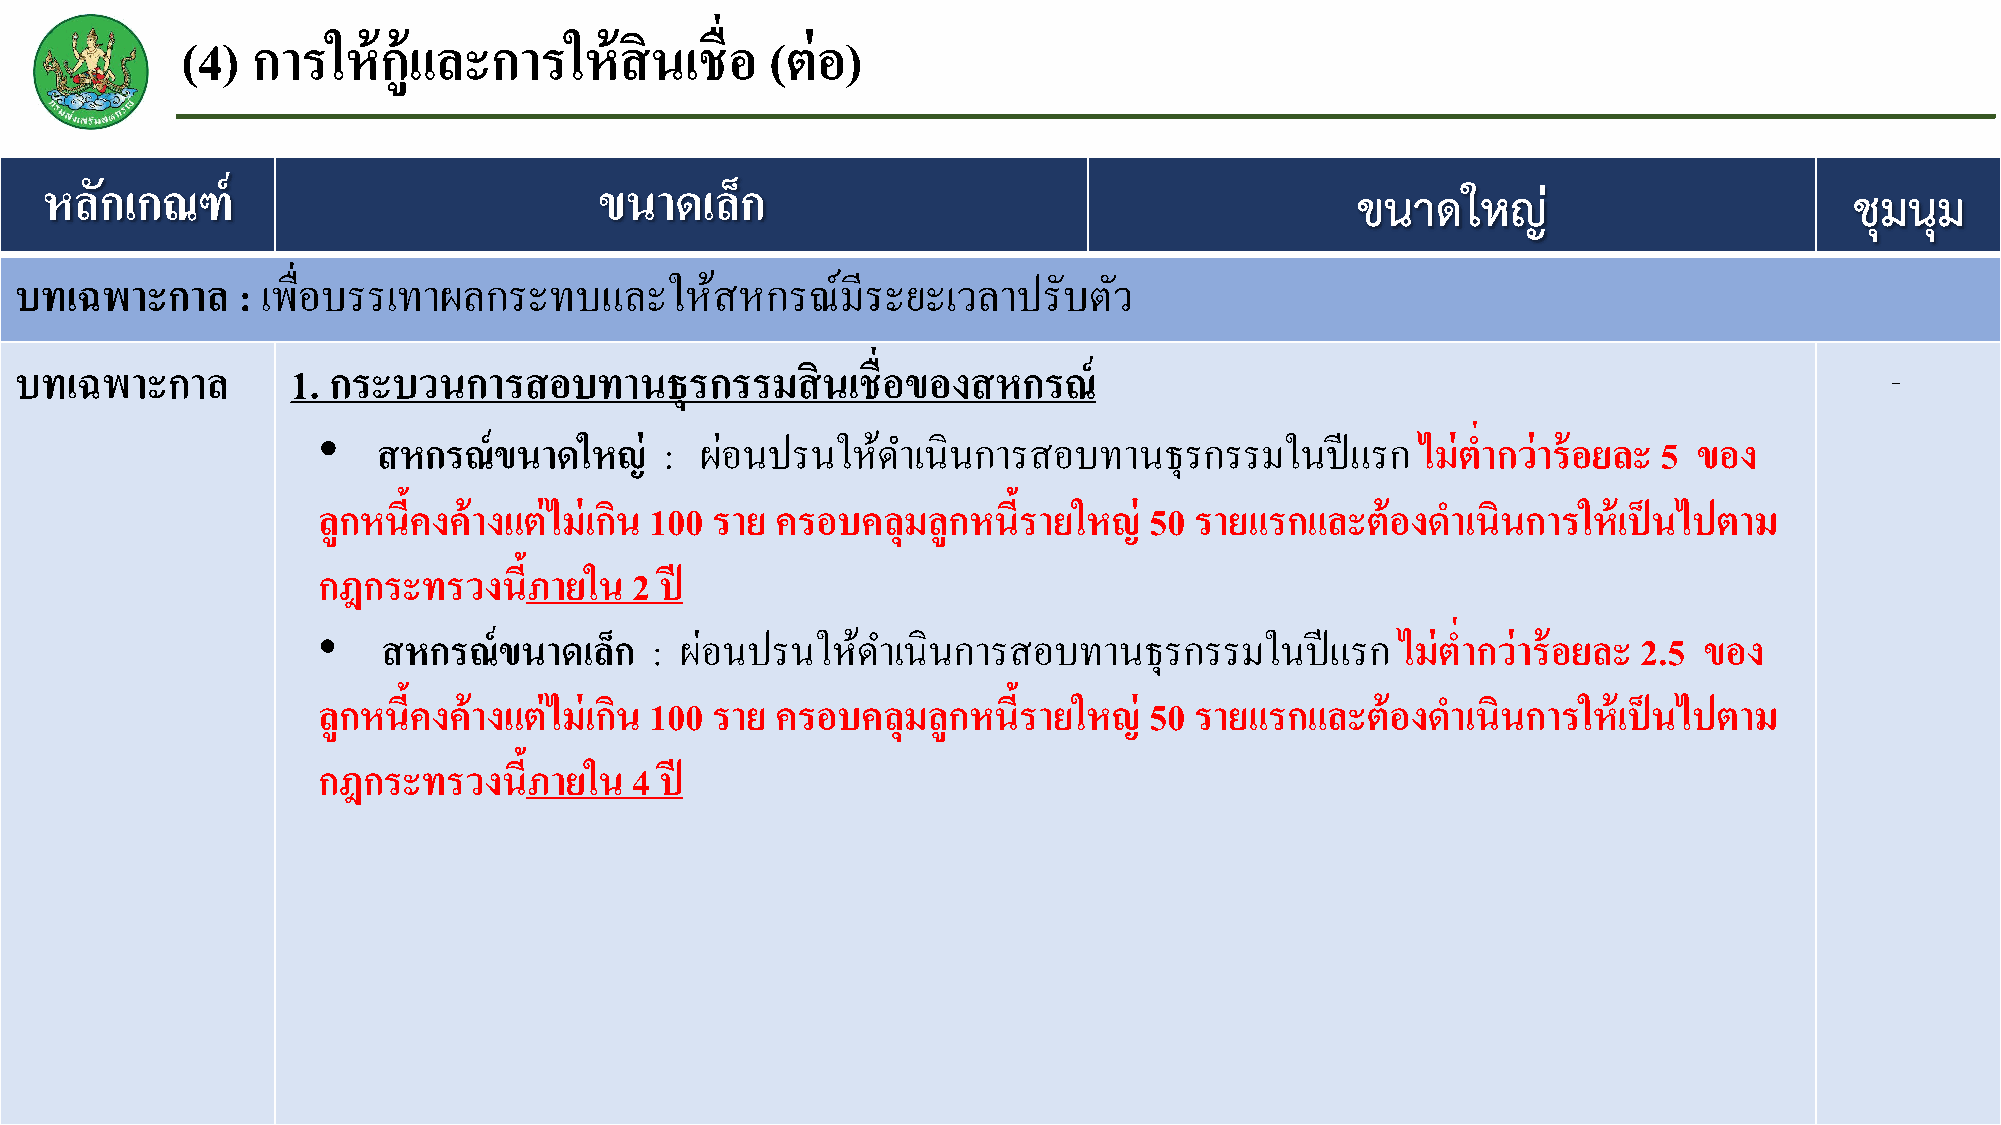
(4)  การให้ก้แู  ละการให้สินเชื่อ      (ต่อ)
 หลกั เกณฑ์                           ขนาดเลก็
 ขนาดใหญ่                         ชุมนุม
 บทเฉพาะกาล     : เพื่อบรรเทาผลกระทบและใหส้      หกรณ์มีระยะเวลาปรับตวั
 บทเฉพาะกาล        1. กระบวนการสอบทานธุรกรรมสินเชื่อของสหกรณ์                                                                -
 •   สหกรณ์ขนาดใหญ่     : ผอ่ นปรนใหด้  า เนินการสอบทานธุรกรรมในปีแรก     ไม่ต ่ากว่าร้อยละ 5 ของ
 ลูกหนีค้ งค้างแต่ไม่เกนิ 100 ราย ครอบคลุมลูกหนีร้ ายใหญ่ 50 รายแรกและต้องด าเนินการให้เป็ นไปตาม
 กฎกระทรวงนีภ้  ายใน  2 ปี
 •   สหกรณ์ขนาดเลก็    : ผอ่ นปรนใหด้ า เนินการสอบทานธุรกรรมในปีแรก      ไม่ต ่ากว่าร้อยละ 2.5 ของ
 ลูกหนีค้ งค้างแต่ไม่เกนิ 100 ราย ครอบคลุมลูกหนีร้ ายใหญ่ 50 รายแรกและต้องด าเนินการให้เป็ นไปตาม
 กฎกระทรวงนีภ้  ายใน  4 ปี